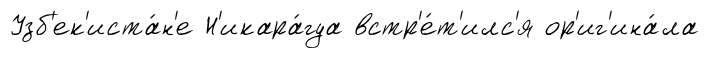
Узб'ек'иста́н'е Н'икара́гуа встр'е́т'илс'я ор'иг'ина́ла